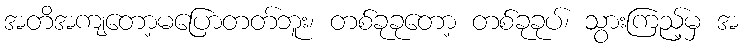
အတိအကျတော့မပြောတတ်ဘူး၊ တစ်ခုခုတော့ တစ်ခုခုပ်၊ သွားကြည့်မှ အ